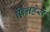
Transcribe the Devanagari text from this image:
पिनहेरो